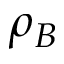
\rho _ { B }